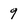
Character: 9